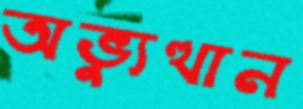
অভ্যুত্থান